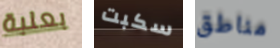
بعلبة سكبت مناطق